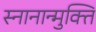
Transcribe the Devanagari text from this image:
स्नानान्मुक्ति